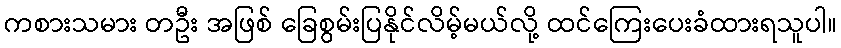
ကစားသမား တဦး အဖြစ် ခြေစွမ်းပြနိုင်လိမ့်မယ်လို့ ထင်ကြေးပေးခံထားရသူပါ။